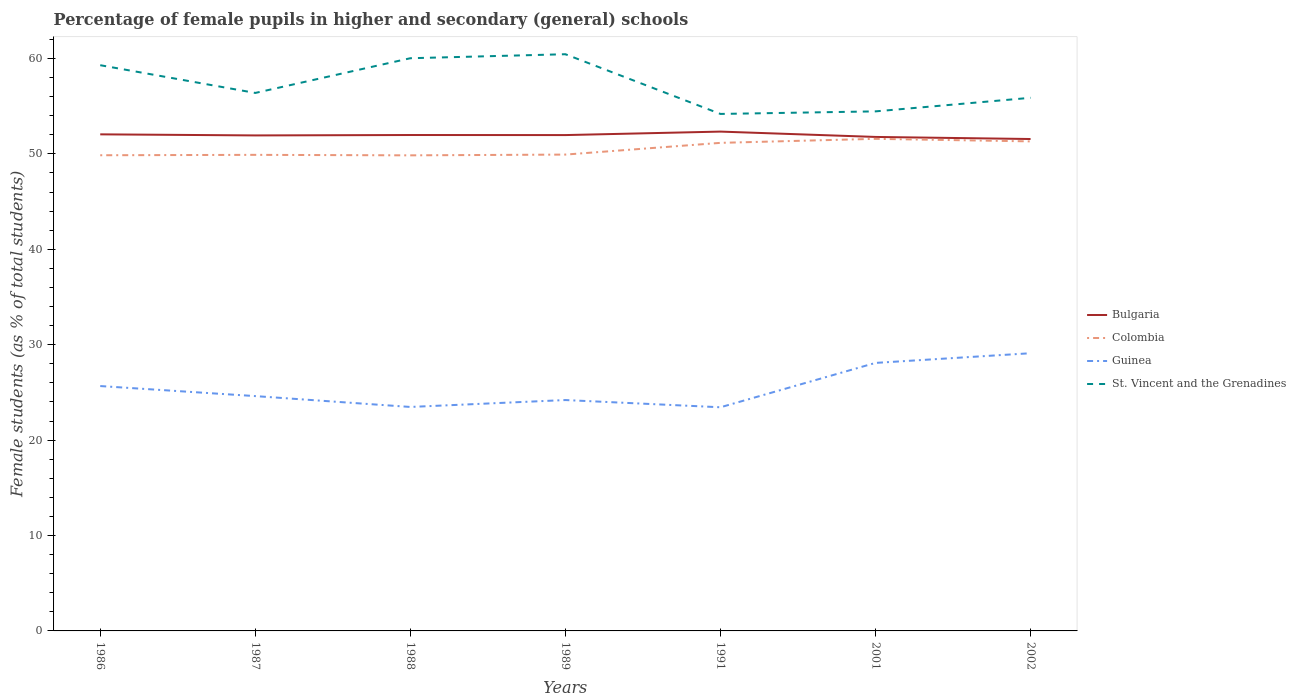
| Years | Bulgaria | Colombia | Guinea | St. Vincent and the Grenadines |
 | --- | --- | --- | --- | --- |
 | 1986 | 52 | 49.9 | 25.7 | 59.3 |
 | 1987 | 51.9 | 49.9 | 24.6 | 56.4 |
 | 1988 | 52 | 49.8 | 23.5 | 60 |
 | 1989 | 52 | 49.9 | 24.2 | 60.4 |
 | 1991 | 52.3 | 51.2 | 23.4 | 54.2 |
 | 2001 | 51.8 | 51.6 | 28.1 | 54.5 |
 | 2002 | 51.6 | 51.3 | 29.1 | 55.9 |